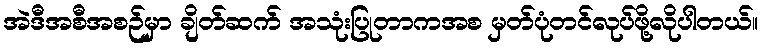
အဲဒီအစီအစဉ်မှာ ချိတ်ဆက် အသုံးပြုတာကအစ မှတ်ပုံတင်လုပ်ဖို့လိုပါတယ်။